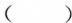
()